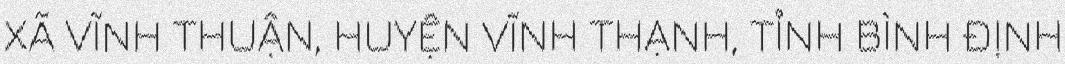
XÃ VĨNH THUẬN, HUYỆN VĨNH THẠNH, TỈNH BÌNH ĐỊNH